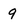
Character: 9